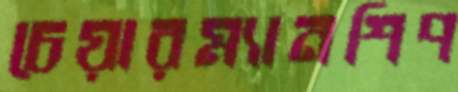
চেয়ারম্যানশিপ